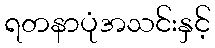
ရတနာပုံအသင်းနှင့်